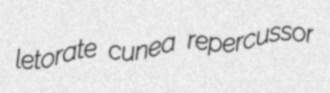
letorate cunea repercussor